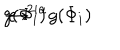
LaTeX: g ( { \Phi } _ { i } ) \hspace { 0 . 1 i n } \rightarrow \hspace { 0 . 1 i n } e ^ { - 2 i \alpha } g ( { \Phi } _ { i } )